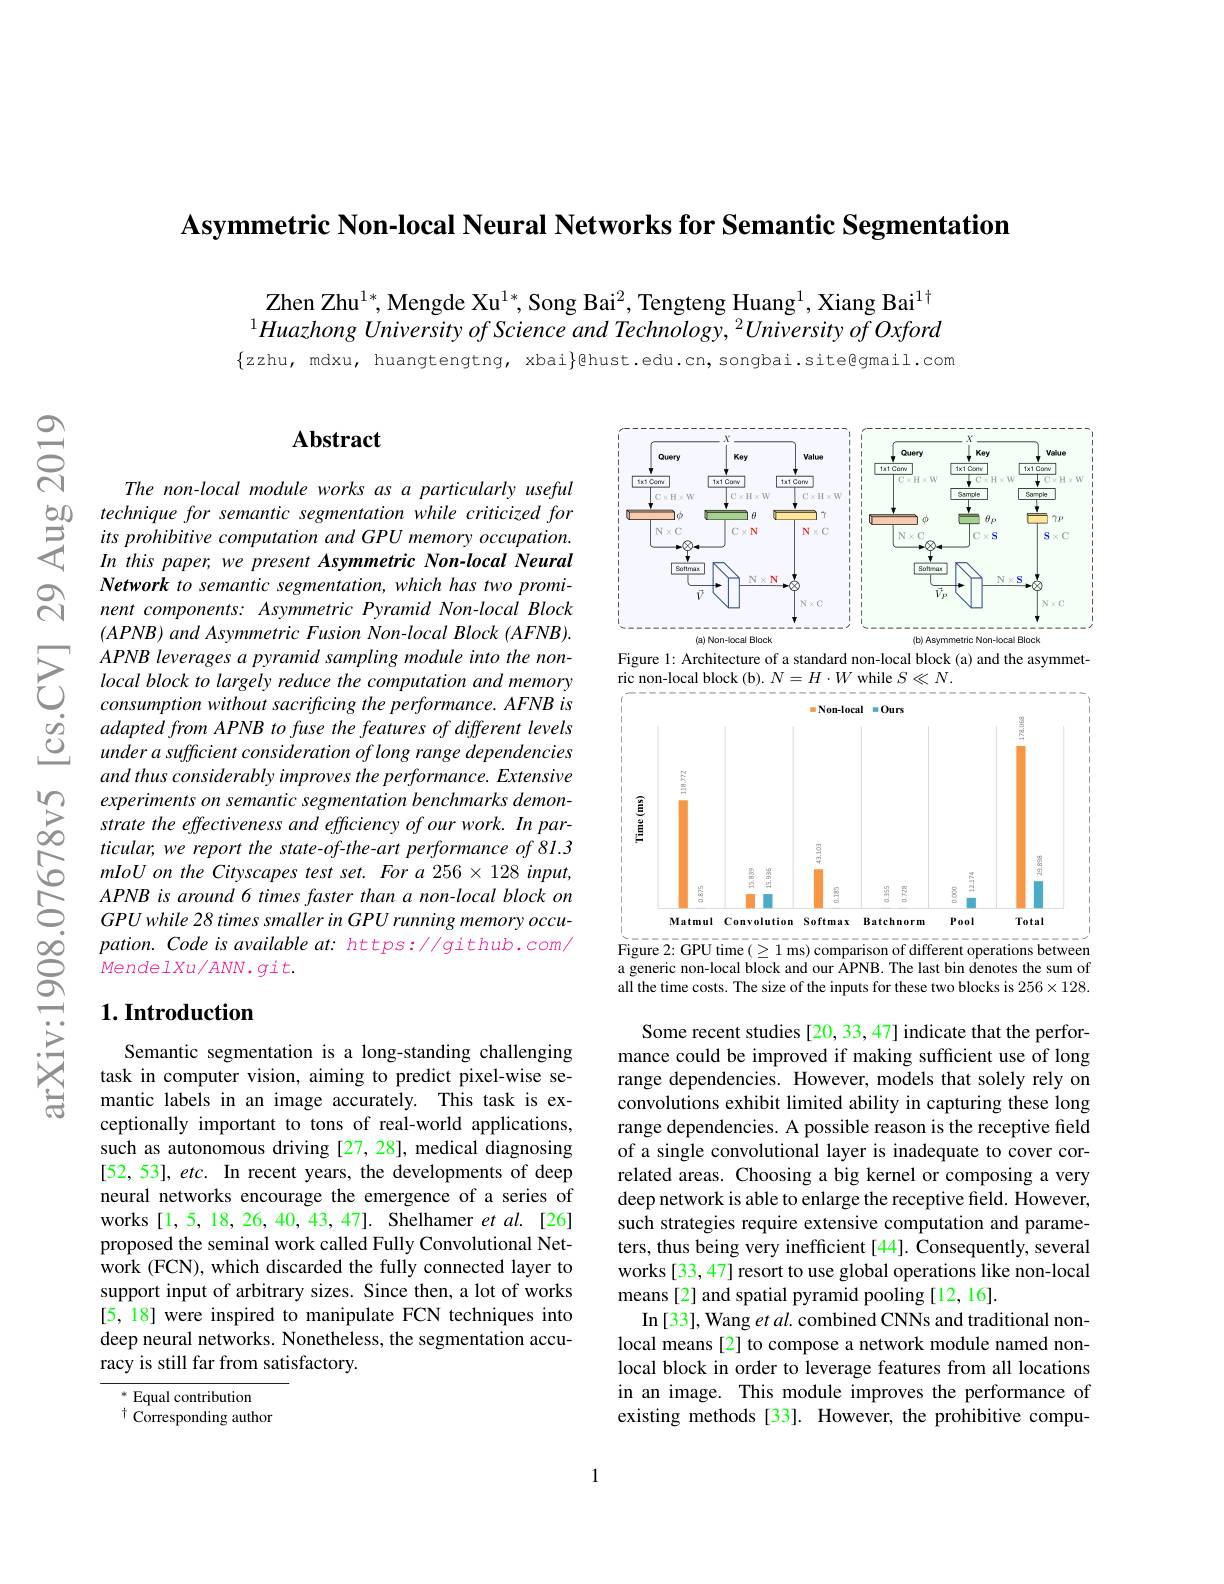
Asymmetric Non-local Neural Networks for Semantic Segmentation

Zhen Zhu$^{1*}$, Mengde Xu$^{1*}$, Song Bai$^2$, Tengteng Huang$^{1}$, Xiang Bai$^{1\dagger}$ $^{1}Huazhong$ University of Science and Technology, $^2University\textit{of Oxford}$

$\{zzhu,mdxu,huangtengtng,xbai\}$@hust.edu.cn,songbai.site@gmail.com

$స్సి$

$స్ని$

### $\mathbf{Abstract}$

The non-local module works as a particularly useful
$\begin{array}{ccc}{50}&{techniquefor~semantic~segmentation~}\end{array}$
In this paper, we present Asymmetric Non-local Neural Network to semantic segmenta nent components: Asymmetric $(APNB)$ and Asymmetric Fusi
$\sum_{\begin{array}{ccc}&\text{APNB leverages a pyramid sampling mo}\end{array}}$ $\begin{array}{lll}&\text{consumption without sacrificing the per}\end{array}$
and thus considerably improv
$\sum _{\infty }$ experimentsonsemanti
ticular, we report the state mloU on the Cityscapes test APNB is around 6 times faster than a non-local block on GPU while 28 times smaller in GPU running memory occupation. Code is available at: https://github.com/ MendelXu/ANN. git.

## $1. \textbf{Introduction}$

Semantic segmentation is a long-standing challenging task in computer vision, aiming to predict pixel-wise semantic labels in an image accurately. This task is exceptionally important to tons of real-world applications, such as autonomous driving [ [52,53],etc. In recent years, the developments of deep neural networks encourage the emergence of a series of works[1,5,18,26,40,43,47]. Shelhamer et al.[26] proposed the seminal work ca work (FCN), which discarded the fully connected layer to support input of arbitrary sizes. Since then, a lot of works [5,18] were inspired to manipulate FCN techniques into deep neural networks. Noneth racy is still far from satisfactory.

$^*$ Equal contribution
$^{\dagger}$Corresponding author

<FigureHere>

Figure 1: Architecture of a
ric non-local block (b). $N=H\cdot W$ while $S\ll N.$

<FigureHere>

Figure 2: GPU time ( 2 1 ms) comparison of different operations between a generic non-local block and our ÄPNB. The last bin denotes the sum of all the time costs. The size of the inputs for these two blocks is $256\times128.$

Some recent studies [20, 33, 47] indicate that the performance could be improved if m range dependencies. However, models that solely rely on convolutions exhibit limited range dependencies. A possible reason is the receptive field of a single convolutional layer is inadequate to cover correlated areas. Choosing a big kernel or composing a very deep network is able to enlarge the receptive field. However, such strategies require extensive computation and parameters, thus being very inefficient[44]. Consequently, several works [33,47] resort to use global operations like non-local means[2] and spatial pyramid pooling[12,16].
In [33], Wang et al. combined CNNs and traditional nonlocal means[2] to compose a network module named nonlocal block in order to leverage features from all locations in an image. This module improves the performance of existing methods [33]. However, the prohibitive compu-

1